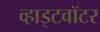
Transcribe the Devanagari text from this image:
व्हाइटवॉटर